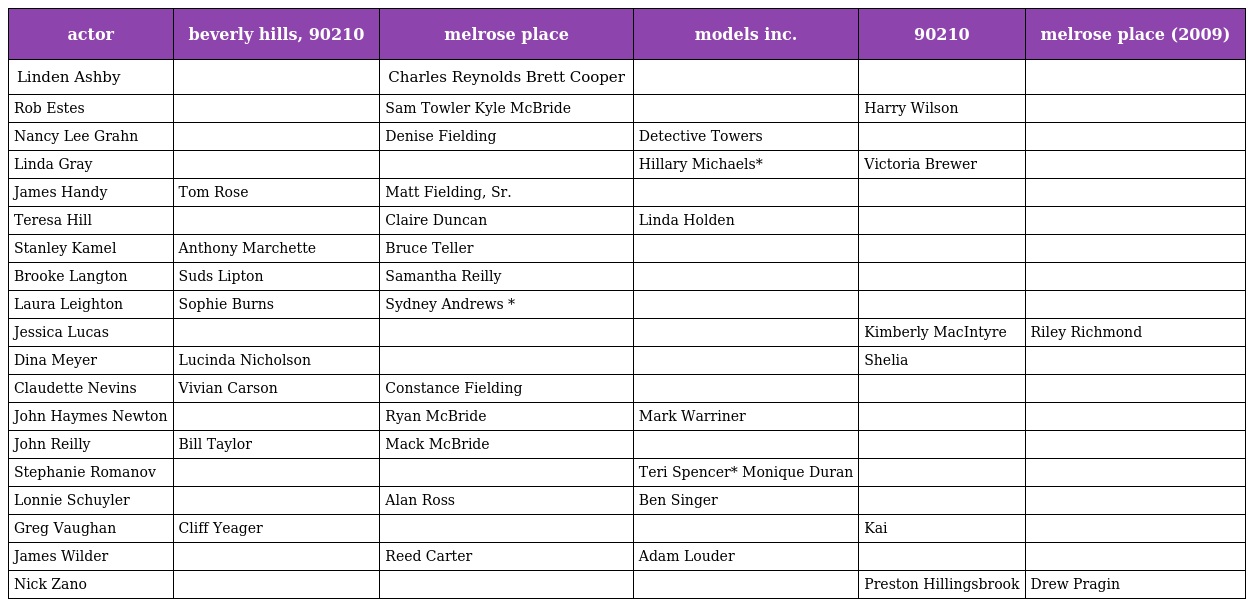
| actor | beverly hills, 90210 | melrose place | models inc. | 90210 | melrose place (2009) |
 | --- | --- | --- | --- | --- | --- |
 | Linden Ashby |  | Charles Reynolds Brett Cooper |  |  |  |
 | Rob Estes |  | Sam Towler Kyle McBride |  | Harry Wilson |  |
 | Nancy Lee Grahn |  | Denise Fielding | Detective Towers |  |  |
 | Linda Gray |  |  | Hillary Michaels* | Victoria Brewer |  |
 | James Handy | Tom Rose | Matt Fielding, Sr. |  |  |  |
 | Teresa Hill |  | Claire Duncan | Linda Holden |  |  |
 | Stanley Kamel | Anthony Marchette | Bruce Teller |  |  |  |
 | Brooke Langton | Suds Lipton | Samantha Reilly |  |  |  |
 | Laura Leighton | Sophie Burns | Sydney Andrews * |  |  |  |
 | Jessica Lucas |  |  |  | Kimberly MacIntyre | Riley Richmond |
 | Dina Meyer | Lucinda Nicholson |  |  | Shelia |  |
 | Claudette Nevins | Vivian Carson | Constance Fielding |  |  |  |
 | John Haymes Newton |  | Ryan McBride | Mark Warriner |  |  |
 | John Reilly | Bill Taylor | Mack McBride |  |  |  |
 | Stephanie Romanov |  |  | Teri Spencer* Monique Duran |  |  |
 | Lonnie Schuyler |  | Alan Ross | Ben Singer |  |  |
 | Greg Vaughan | Cliff Yeager |  |  | Kai |  |
 | James Wilder |  | Reed Carter | Adam Louder |  |  |
 | Nick Zano |  |  |  | Preston Hillingsbrook | Drew Pragin |